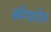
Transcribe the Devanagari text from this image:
खँगारोत